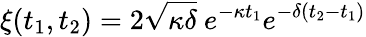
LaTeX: \xi(t_{1},t_{2})=2\sqrt{\kappa\delta}~e^{-\kappa t_{1}}e^{-\delta(t_{2}-t_{1})}